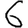
Digit: 6